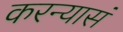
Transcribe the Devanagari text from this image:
करन्यासं